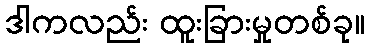
ဒါကလည်း ထူးခြားမှုတစ်ခု။